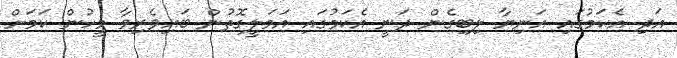
އަދި އެކަމުގައި އަނިޔާ ލިބިގެން ދަނީ އެކަމުގައި އަމަލީގޮތުން ބައިވެރިވާ މީހުން ކަމަށް